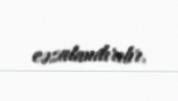
cəzalandırılır.